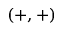
( + , + )